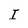
Character: I